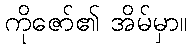
ကိုဇော်၏ အိမ်မှာ။